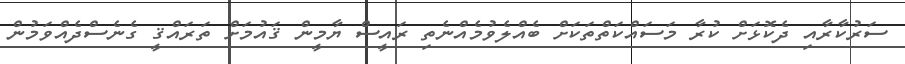
ސަރުކާރާއި ދެކޮޅަށް ކުރާ މަސައްކަތްތަކަށް ބެއްލެވުމެއްނެތި ރައީސް ޔާމީން ޤައުމަށް ތަރައްޤީ ގެނެސްދެއްވަމުން